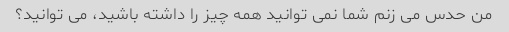
من حدس می زنم شما نمی توانید همه چیز را داشته باشید، می توانید؟